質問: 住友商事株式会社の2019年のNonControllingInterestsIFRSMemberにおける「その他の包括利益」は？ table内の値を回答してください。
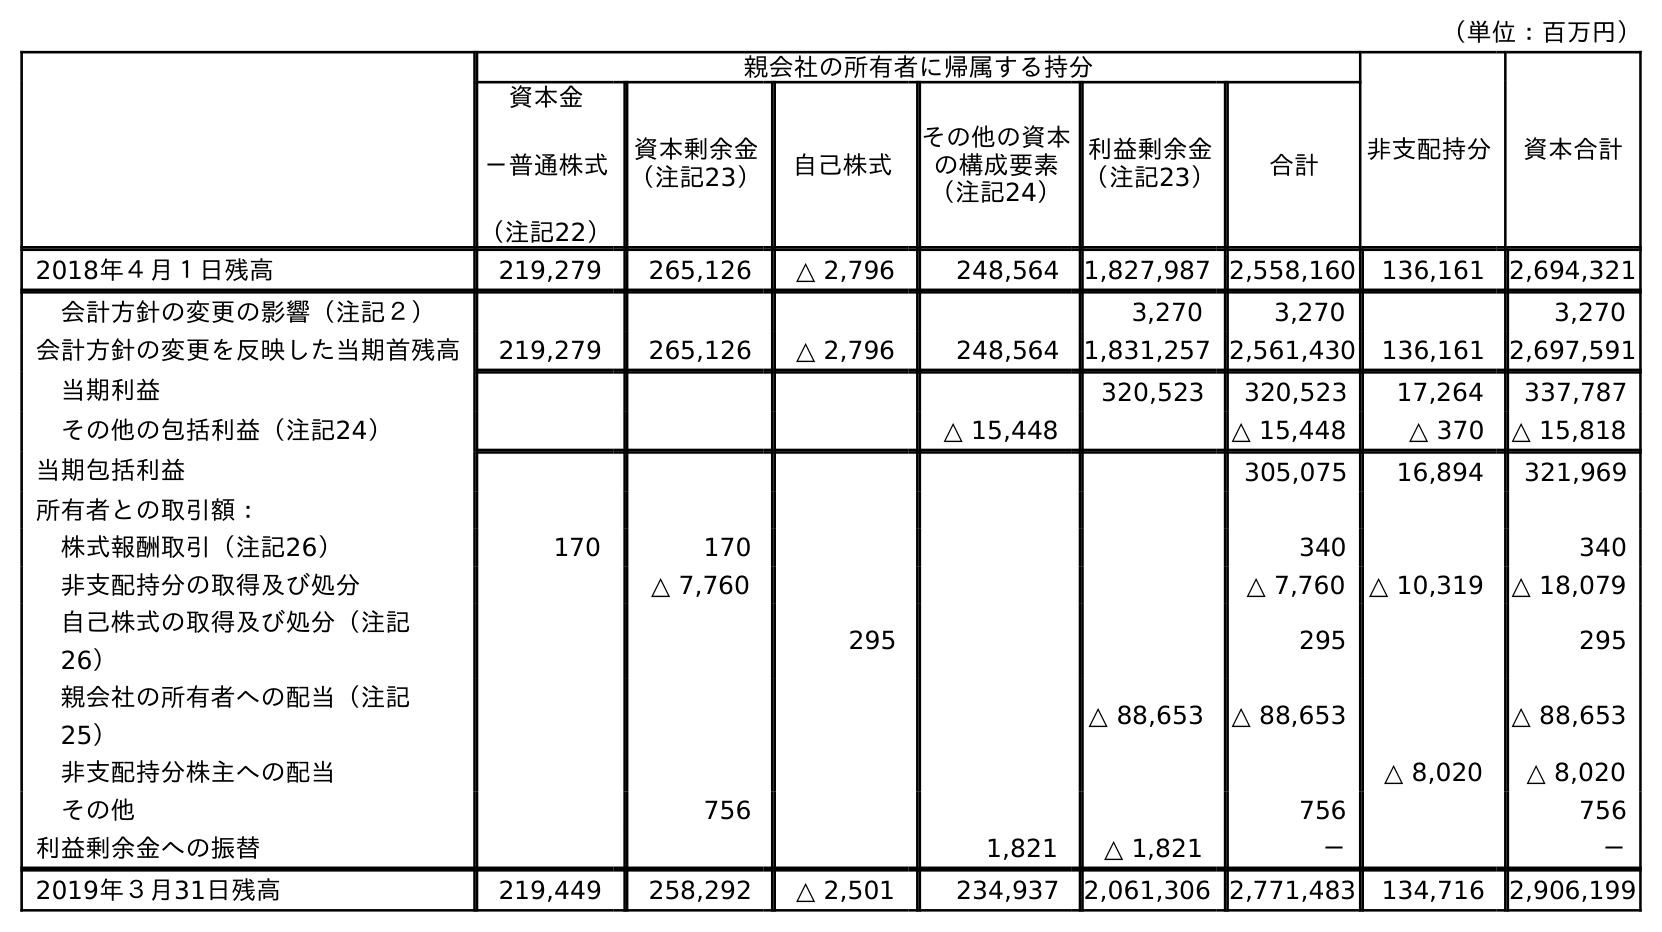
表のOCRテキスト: （単位：百万円） 親会社の所有者に帰属する持分 非支配持分 資本合計 資本金 －普通株式 （注記22） 資本剰余金 （注記23） 自己株式 その他の資本 の構成要素 （注記24） 利益剰余金 （注記23） 合計 2018年４月１日残高 219,279 265,126 △ 2,796 248,564 1,827,987 2,558,160 136,161 2,694,321 会計方針の変更の影響（注記２） 3,270 3,270 3,270 会計方針の変更を反映した当期首残高 219,279 265,126 △ 2,796 248,564 1,831,257 2,561,430 136,161 2,697,591 当期利益 320,523 320,523 17,264 337,787 その他の包括利益（注記24） △ 15,448 △ 15,448 △ 370 △ 15,818 当期包括利益 305,075 16,894 321,969 所有者との取引額： 株式報酬取引（注記26） 170 170 340 340 非支配持分の取得及び処分 △ 7,760 △ 7,760 △ 10,319 △ 18,079 自己株式の取得及び処分（注記 26） 295 295 295 親会社の所有者への配当（注記 25） △ 88,653 △ 88,653 △ 88,653 非支配持分株主への配当 △ 8,020 △ 8,020 その他 756 756 756 利益剰余金への振替 1,821 △ 1,821 － － 2019年３月31日残高 219,449 258,292 △ 2,501 234,937 2,061,306 2,771,483 134,716 2,906,199
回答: △370